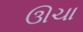
ઊચા